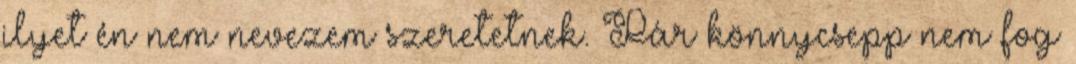
ilyet én nem nevezem szeretetnek. Pár könnycsepp nem fog